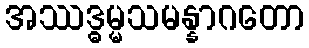
အဿဒ္ဓမ္မသမန္နာဂတော